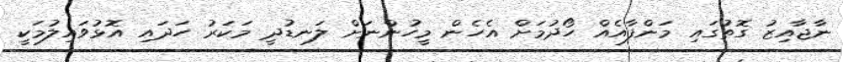
ނާޖާއިޒު ގޮތުގައި މަންފާއެއް ހޯދުމަށް އެހެން މީހުންނަށް ލަނޑުދީ މަކަރު ހަދައި އޮޅުވައިލުމަކީ